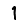
Digit: 1